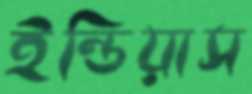
ইন্ডিয়াস